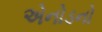
એનોડનો